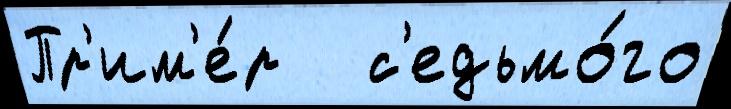
Пр'им'е́р   с'едьмо́го